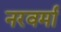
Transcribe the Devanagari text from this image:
नरवर्मा